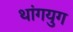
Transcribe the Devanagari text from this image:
थांगयुग